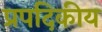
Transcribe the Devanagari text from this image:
प्रपदिकीय